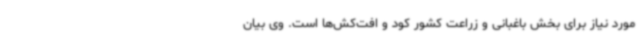
مورد نیاز برای بخش باغبانی و زراعت کشور کود و افت‌کش‌ها است. وی بیان